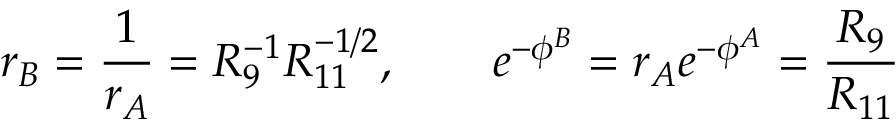
{ r _ { B } = { \frac { 1 } { r _ { A } } } = R _ { 9 } ^ { - 1 } R _ { 1 1 } ^ { - 1 / 2 } , \qquad e ^ { - \phi ^ { B } } = r _ { A } e ^ { - \phi ^ { A } } = { \frac { R _ { 9 } } { R _ { 1 1 } } } }